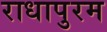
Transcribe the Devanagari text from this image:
राधापुरम